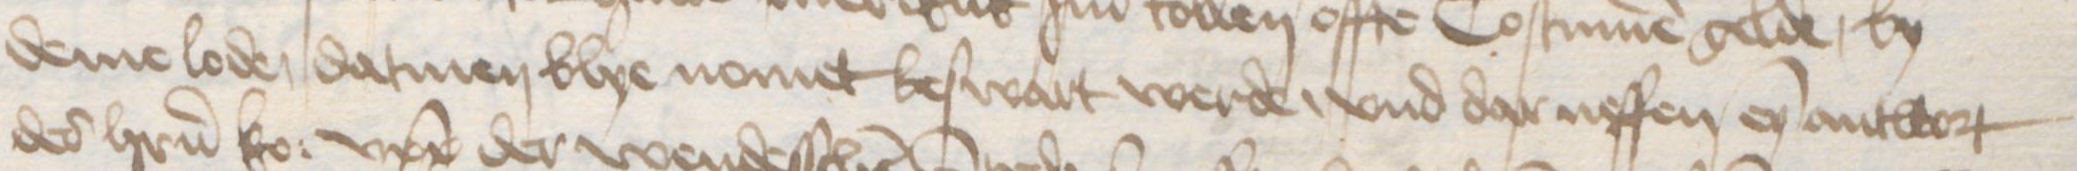
deme loden datmen blye nomet beswart werde, vnd dar neffen eyn antwort